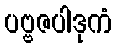
ပဗ္ဗဇပါဒုကံ